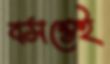
বসন্তেই